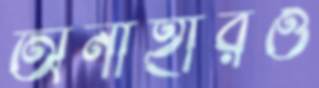
অনাহারও